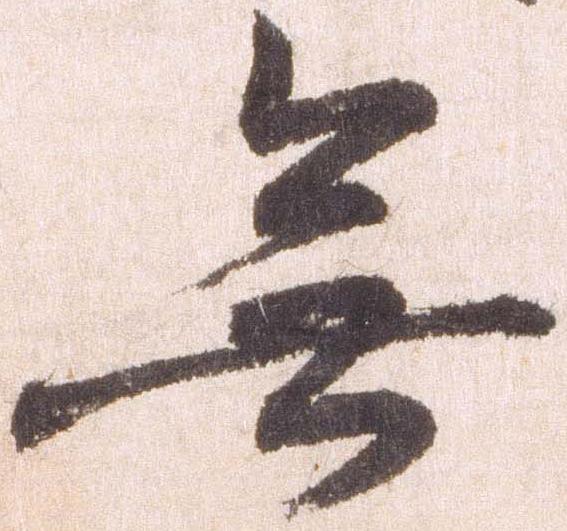
無